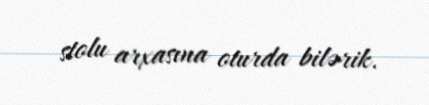
stolu arxasına oturda bilərik.